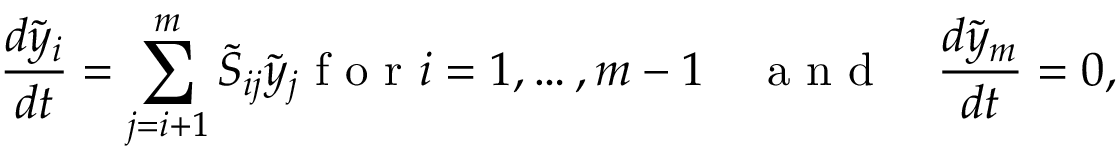
\frac { d \Tilde y _ { i } } { d t } = \sum _ { j = i + 1 } ^ { m } \Tilde S _ { i j } \Tilde y _ { j } \mathrm { ~ f ~ o ~ r ~ } i = 1 , \dots , m - 1 \quad \mathrm { ~ a ~ n ~ d ~ } \quad \frac { d \Tilde y _ { m } } { d t } = 0 ,